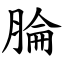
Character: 腀